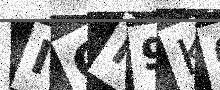
Text: ICN9KO